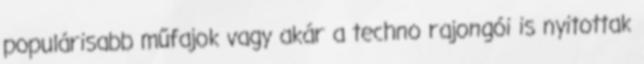
populárisabb műfajok vagy akár a techno rajongói is nyitottak